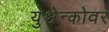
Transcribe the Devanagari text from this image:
युश्चेन्कोवर